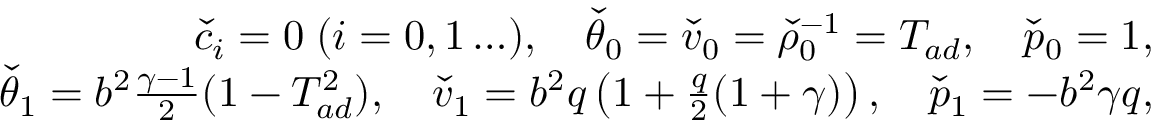
\begin{array} { r } { \check { c } _ { i } = 0 \; ( i = 0 , 1 \ldots ) , \quad \check { \theta } _ { 0 } = \check { v } _ { 0 } = \check { \rho } _ { 0 } ^ { - 1 } = T _ { a d } , \quad \check { p } _ { 0 } = 1 , } \\ { \check { \theta } _ { 1 } = b ^ { 2 } \frac { \gamma - 1 } { 2 } ( 1 - T _ { a d } ^ { 2 } ) , \quad \check { v } _ { 1 } = b ^ { 2 } q \left( 1 + \frac { q } { 2 } ( 1 + \gamma ) \right) , \quad \check { p } _ { 1 } = - b ^ { 2 } \gamma q , } \end{array}